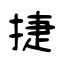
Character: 捷